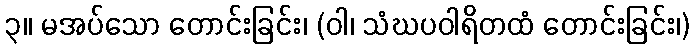
၃။ မအပ်သော တောင်းခြင်း၊ (ဝါ၊ သံဃပဝါရိတထံ တောင်းခြင်း၊)